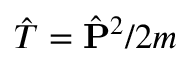
\hat { T } = \hat { \mathbf { P } } ^ { 2 } / 2 m